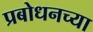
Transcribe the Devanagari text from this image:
प्रबोधनच्या